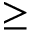
\geq